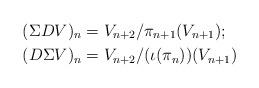
LaTeX: \begin{align*}(\Sigma DV)_n & = V_{n+2} / \pi_{n+1} (V_{n+1});\\(D \Sigma V)_n & = V_{n+2} / (\iota (\pi_n)) (V_{n+1})\end{align*}